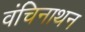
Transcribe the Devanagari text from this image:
वंचिनाथन